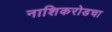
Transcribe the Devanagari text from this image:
नाशिकरोडचा